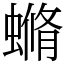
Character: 䗛